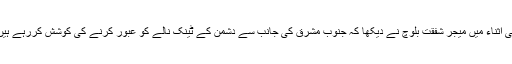
اسی اثناء میں میجر شفقت بلوچ نے دیکھا کہ جنوب مشرق کی جانب سے دشمن کے ٹینک نالے کو عبور کرنے کی کوشش کررہے ہیں ۔